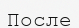
После